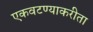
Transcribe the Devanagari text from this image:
एकवटण्याकरीता